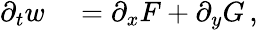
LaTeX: \begin{array}{rl}{\partial_{t}w}&{{}=\partial_{x}F+\partial_{y}G\, ,}\end{array}